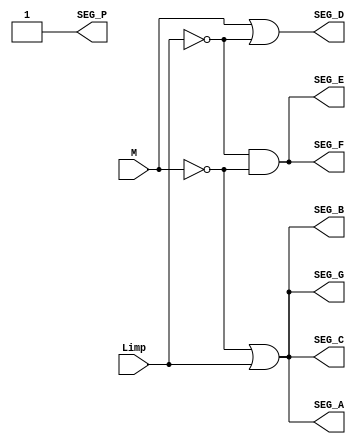
//Modulo Decodificador do simbolo de adubacao/limpeza

module decode_simb(Limp, M, SEG_A, SEG_B, SEG_C, SEG_D, SEG_E, SEG_F, SEG_G, SEG_P);

input Limp, M; // Entradas para o decodificador
output SEG_A, SEG_B, SEG_C, SEG_D, SEG_E, SEG_F, SEG_G, SEG_P;

// Entradas negadas
wire notL, notM, wire1, wire2, wire3, wire4;
not Not0(notM, M);
not Not1(notL, Limp);

//SEGMENTO A

or Or0(wire1, notM, Limp);
and And0(SEG_A, wire1, wire1);

//SEGMENTO B

and And1(SEG_B, wire1, wire1);

//SEGMENTO C

and And2(SEG_C, wire1, wire1);

//SEGMENTO D

or Or1(SEG_D, M, notL);

//SEGMENTO E

and And3(wire2, notL, notM);
and And4(wire3, notL, notM);
or Or2(wire4, wire2, wire3);
and And5(SEG_E, wire4, wire4);

//SEGMENTO F

and And6(SEG_F, wire4, wire4);

//SEGMENTO G

and And7(SEG_G, wire1, wire1);

//SEGMENTO P

not Not2(SEG_P, 0);

endmodule